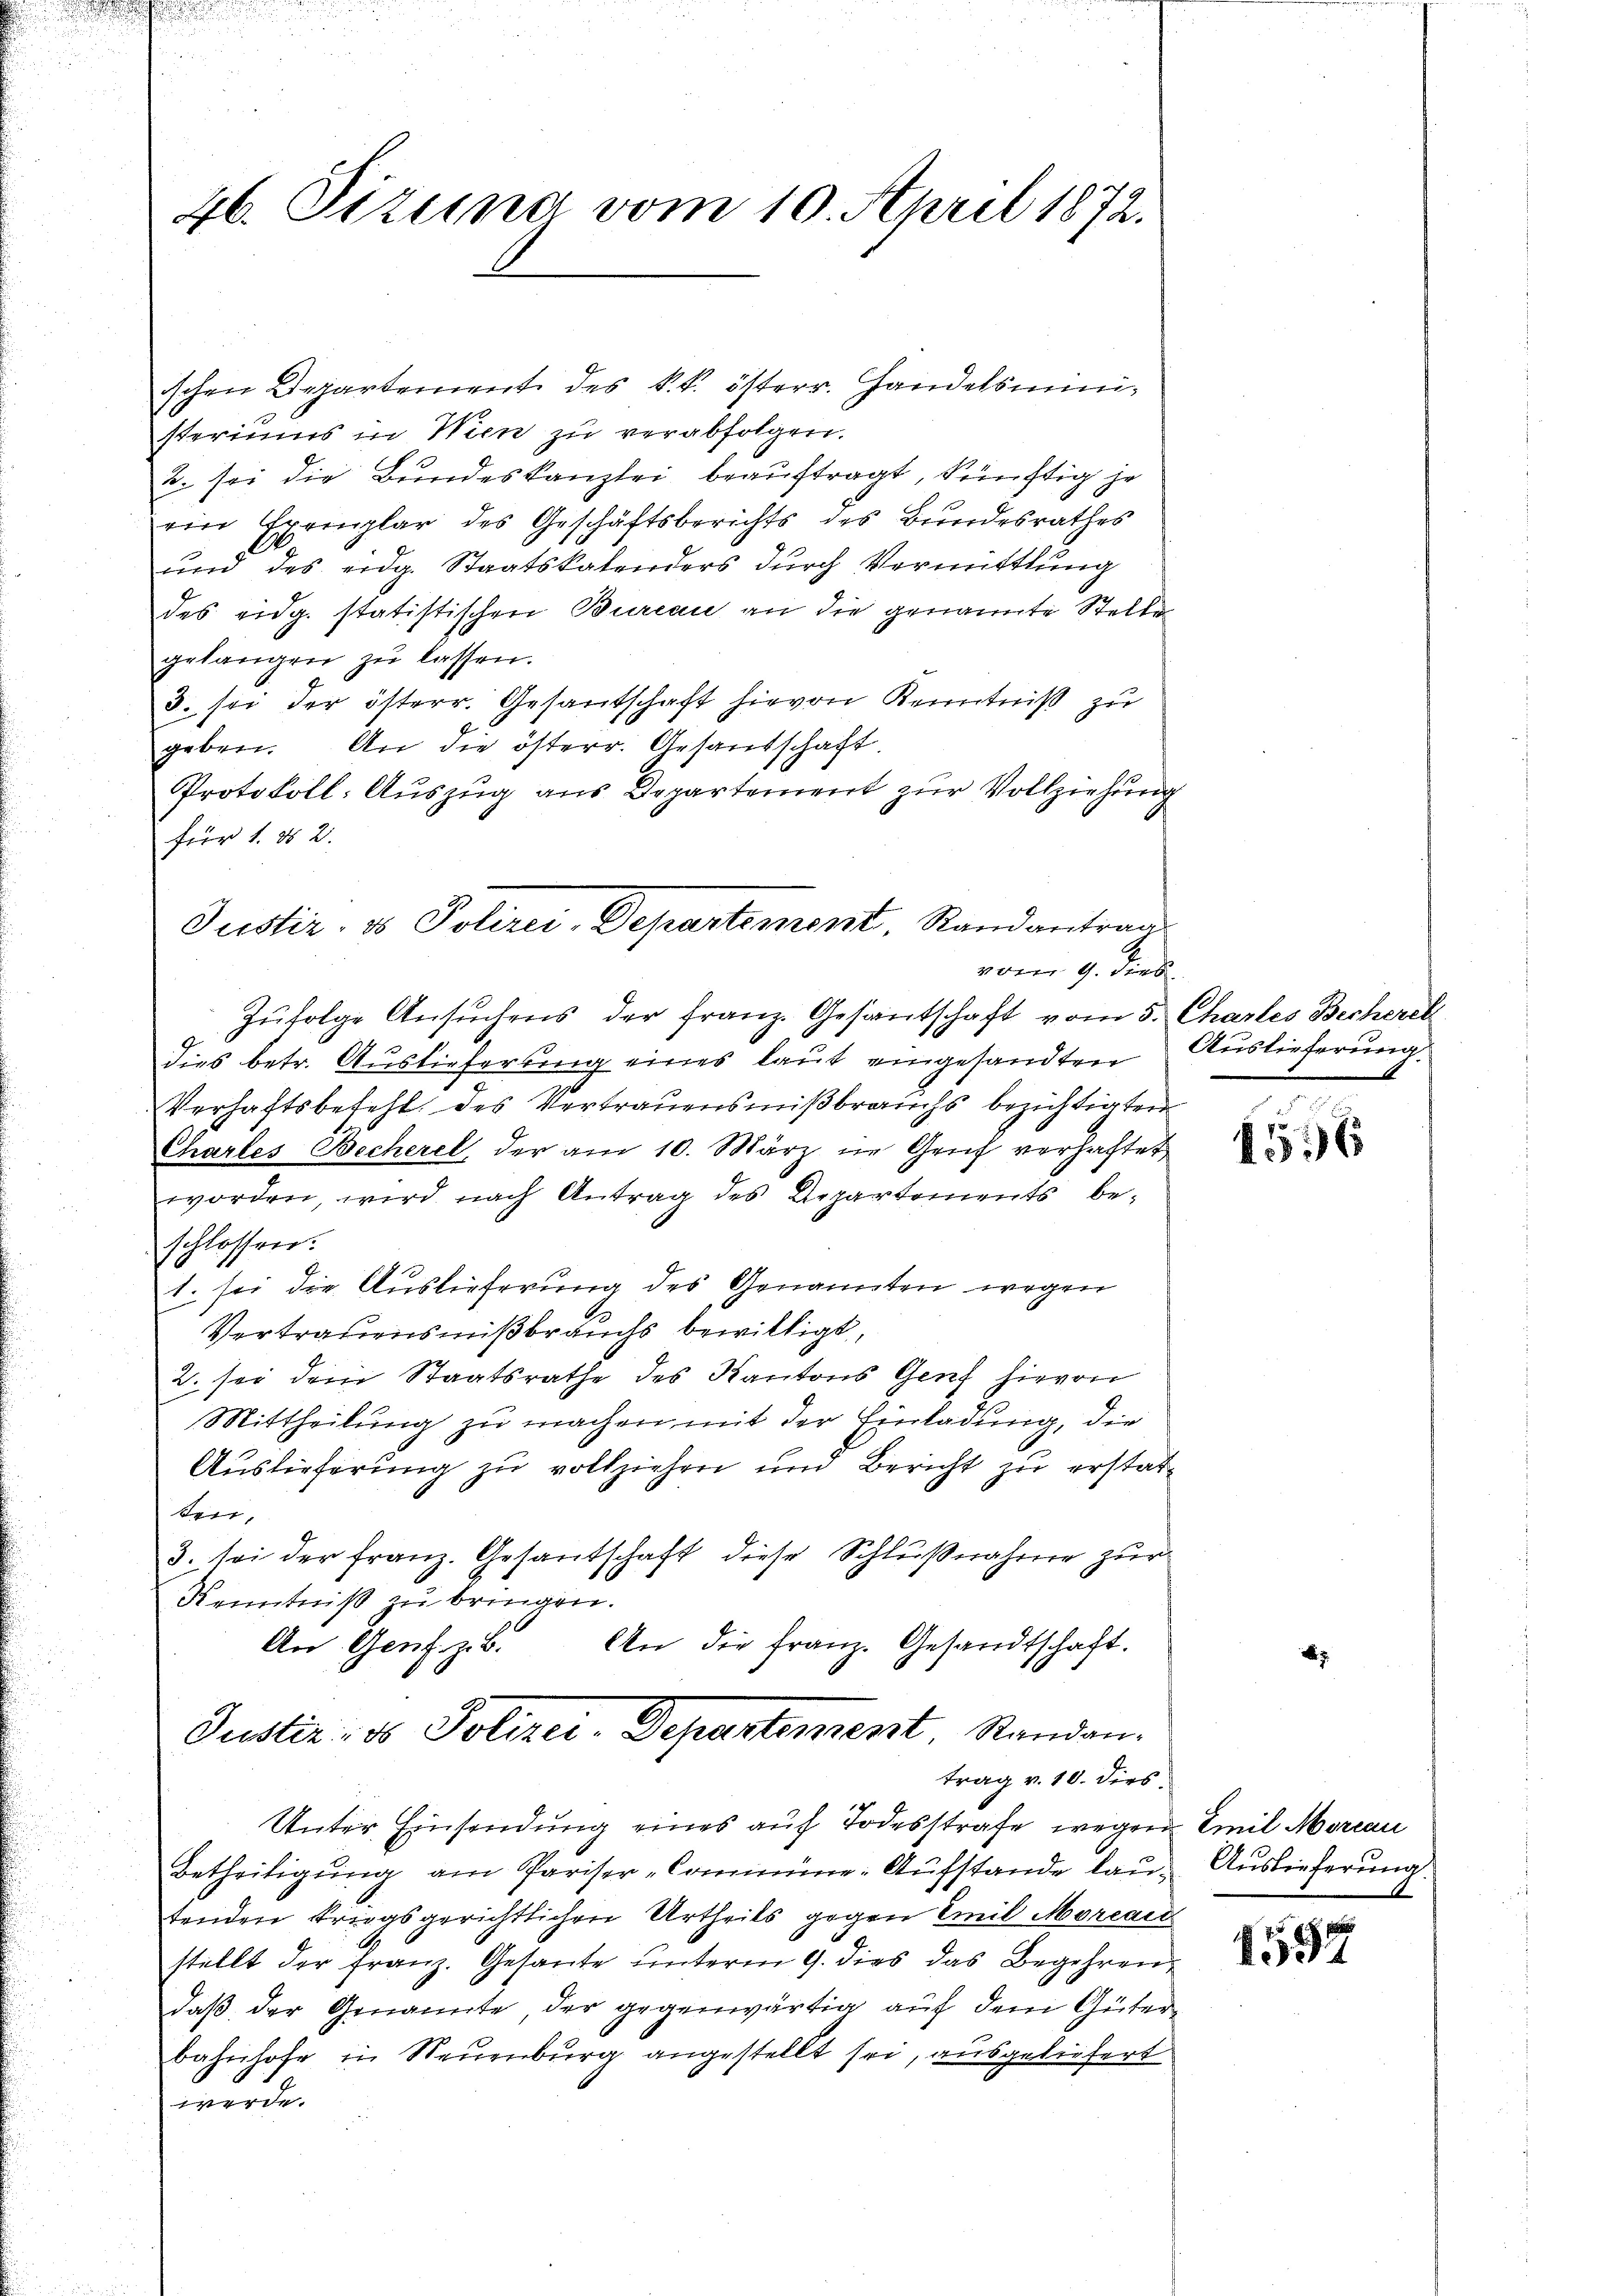
46. Sizung vom 10. April 1872.

schen Departement des k.k. österr. Handelsministeriums in Wien zu verabfolgen.
2. sei die Bundeskanzlei beauftragt, künftig je
ein Exemplar des Geschäftsberichts des Bundesrathes
und des eidg. Staatskalenders durch Vermittlung
des eidg. statistischen Bureau an die genannte Stelle
gelangen zŭ lassen.
3. sei der österr. Gesantschaft hievon Kenntniß zu
geben. An die österr. Gesandschaft
Protokoll: Auszug aus Departement zur Vollziehung
für 1. d. 2.
Zufolge Ansuchens der Franz. Gesandschaft vom 5. Charles Becherch
dies betr. Auslieferung eines laut eingesandten
Verhaftsbefehl des Vertrauensmißbrauchs bezichtigten
Chartes Becherel, der am 10. März in Gruf verhaftet
worden, wird nach Antrag des Repartements beschlossen.
1. sei die Auslieferung des Genannten wegen
Vertrauensmißbrauchs bewilligt,
2. sei dem Staatsrathe des Kantons Genf hievon
Mittheilŭng zŭ machen mit der Einladung, die
Auslieferung zu vollziehen und Bericht zu erstatten,
3. sei der franz. Gesantschaft diese Schlußnahme zur
Kenntniß zu bringen.
An Genf z.B. An die franz. Gesandtschaft.
Justiz, es Polizei Departement. Standen.
trag v. 10. dies
Unter Einsendung eines auf Todesstrafe wegen
Betheiligung am Pariser-Commüne-Aufstande lautenden kriegsgerichtlichen Urtheils gegen Emil Morcaid
stellt der Franz. Gesante unterm 9. dies das Begehren
daß der Genannte, der gegenwärtig auf dem Güterbahnhofe in Neuenburg angestellt sei, ausgeliefert
werde.

Justiz, es Polizei, Departement, Randantrag
vom 9. dies

Auslieferung.

56

Emil Morcau
Auslieferung.

1537